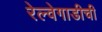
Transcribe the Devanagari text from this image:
रेल्वेगाडीची